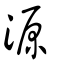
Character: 源